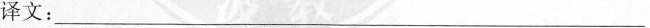
译文：___